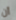
أن